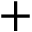
+